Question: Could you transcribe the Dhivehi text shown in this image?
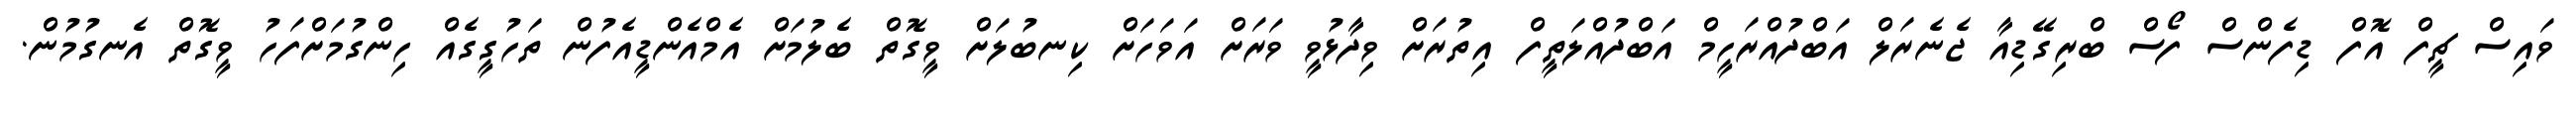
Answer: ވައިސް ޗީފް އޮފް ޑިފެންސް ފޯސް ބްރިގޭޑިއާ ޖެނެރަލް އަބްދުއްރަހީމް އަބްދުއްލަތީފް އިތުރަށް ވިދާޅުވީ ވަރަށް އަވަހަށް ކިނބުލަށް ވީގޮތް ބެލުމަށް އެމްއެންޑީއެފުން ތަހުގީގެއް ހިންގުމަށްފަހު ވީގޮތް އެނގުމުން.